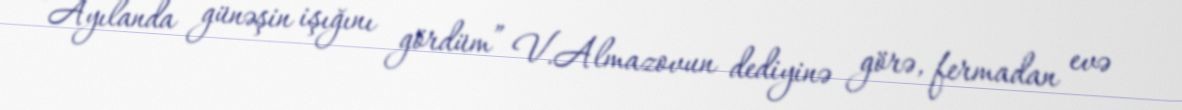
“Ayılanda günəşin işığını gördüm” V.Almazovun dediyinə görə, fermadan evə